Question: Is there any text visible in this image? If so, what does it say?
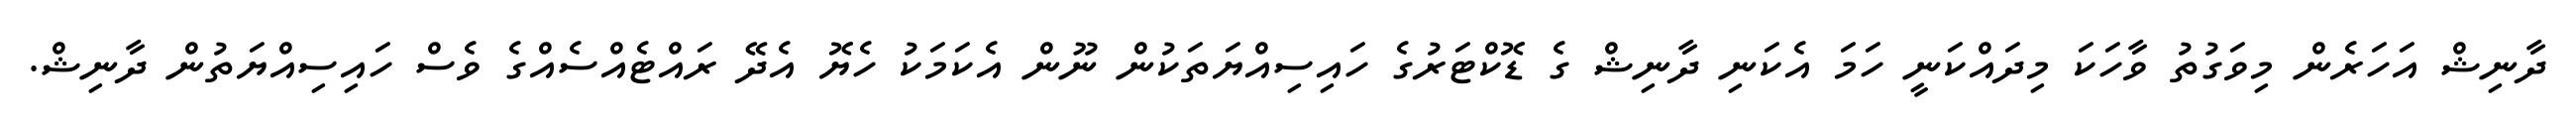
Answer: ދާނިޝް އަހަރެން މިވަގުތު ވާހަކަ މިދައްކަނީ ހަމަ އެކަނި ދާނިޝް ގެ ޑޮކްޓަރުގެ ހައިސިއްޔަތަކުން ނޫން އެކަމަކު ހެޔޮ އެދޭ ރައްޓެއްސެއްގެ ވެސް ހައިސިއްޔަތުން ދާނިޝް.